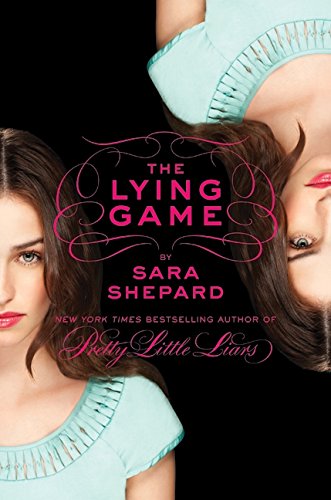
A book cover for The Lying Game; Sara Shepard; Teen & Young Adult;